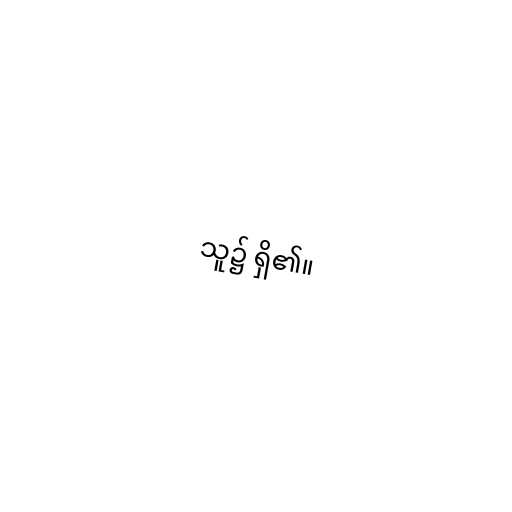
သူ၌ ရှိ၏။